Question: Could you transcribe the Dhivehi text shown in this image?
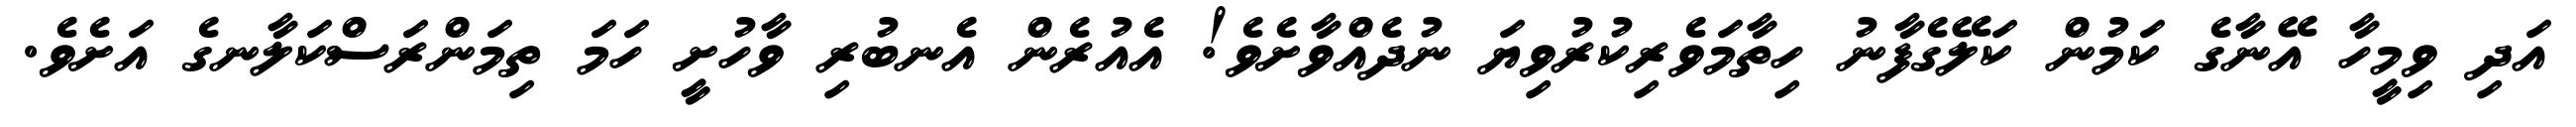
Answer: އަދި ވިމީހާ އޭނާގެ ކަމުން ކަލޭގެފާނު ހިތާމަވެރިކުރުވިޔަ ނުދެއްވާށެވެ! އެއުރެން އެނބުރި ވާހުށީ ހަމަ ތިމަންރަސްކަލާނގެ އަށެވެ.